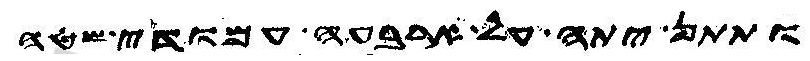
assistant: ותתן יתה על ארבעה עמודי שטה